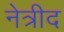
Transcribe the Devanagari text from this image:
नेत्रीद